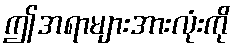
ဤအရာများအားလုံးကို